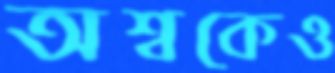
অশ্বকেও